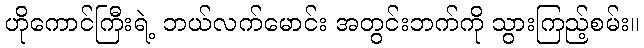
ဟိုကောင်ကြီးရဲ့ ဘယ်လက်မောင်း အတွင်းဘက်ကို သွားကြည့်စမ်း။